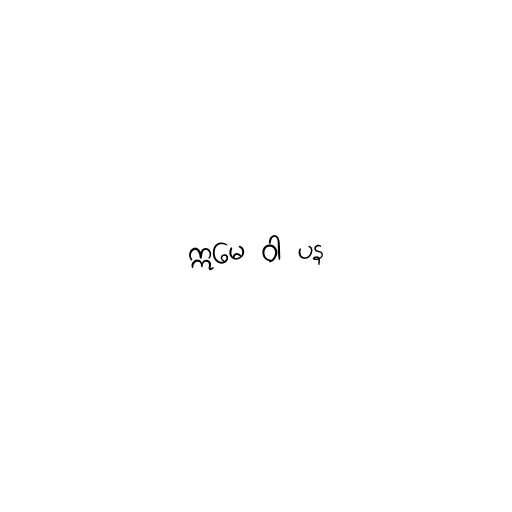
ဣမေ ဝါ ပန